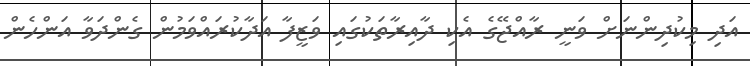
އަދި މިކުދިންނަށް ވަނީ ރާއްޖޭގެ އެކި ދާއިރާތަކުގައި ވަޒީފާ އަދާކުރައްވަމުން ގެންދަވާ އަންހެން